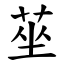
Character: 莝